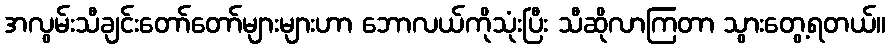
အလွမ်းသီချင်းတော်တော်များများဟာ ဘောလယ်ကိုသုံးပြီး သီဆိုလာကြတာ သွားတွေ့ရတယ်။